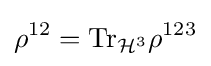
\rho ^{12}={\rm {Tr}}_{{\mathcal {H}}^{3}}\rho ^{123}